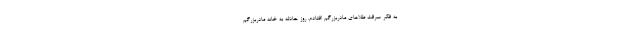
به فکر سرقت طلا‌های مادربزرگم افتادم. روز حادثه به خانه مادربزرگم